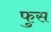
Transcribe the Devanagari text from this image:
फुस